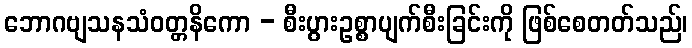
ဘောဂဗျသနသံဝတ္တနိကော - စီးပွားဥစ္စာပျက်စီးခြင်းကို ဖြစ်စေတတ်သည်၊